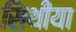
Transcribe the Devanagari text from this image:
सिथीया